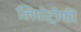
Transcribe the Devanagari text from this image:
लिपोट्रोफी